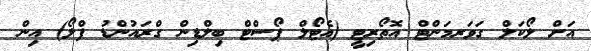
އަށް ލޯކަލް ގަވަރމަންޓް އޮތޯރިޓީ (އެޓޯލް ޕޯސްޓް ބިލްޑިން ގްރައުންޑު ފްލޯ) އިން